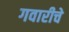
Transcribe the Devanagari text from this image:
गवारीचे